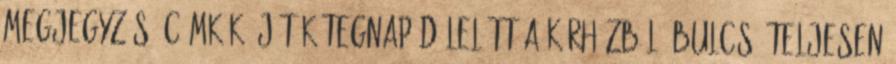
megjegyzés: Címkék: játék tegnap délelőtt a kórházból. Bulcsú teljesen